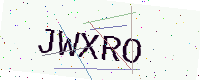
Text: JWXRO